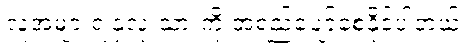
လူအများရဲ့နှလုံးသားကို အရည်ပျော်စေနိုင်ပါတယ်။